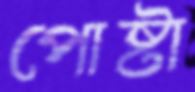
পোষ্টা